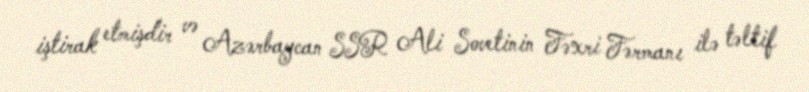
iştirak etmişdir və Azərbaycan SSR Ali Sovetinin Fəxri Fərmanı ilə təltif